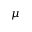
\mu